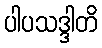
ပါပသဒ္ဒါတိ